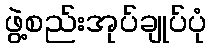
ဖွဲ့စည်းအုပ်ချုပ်ပုံ